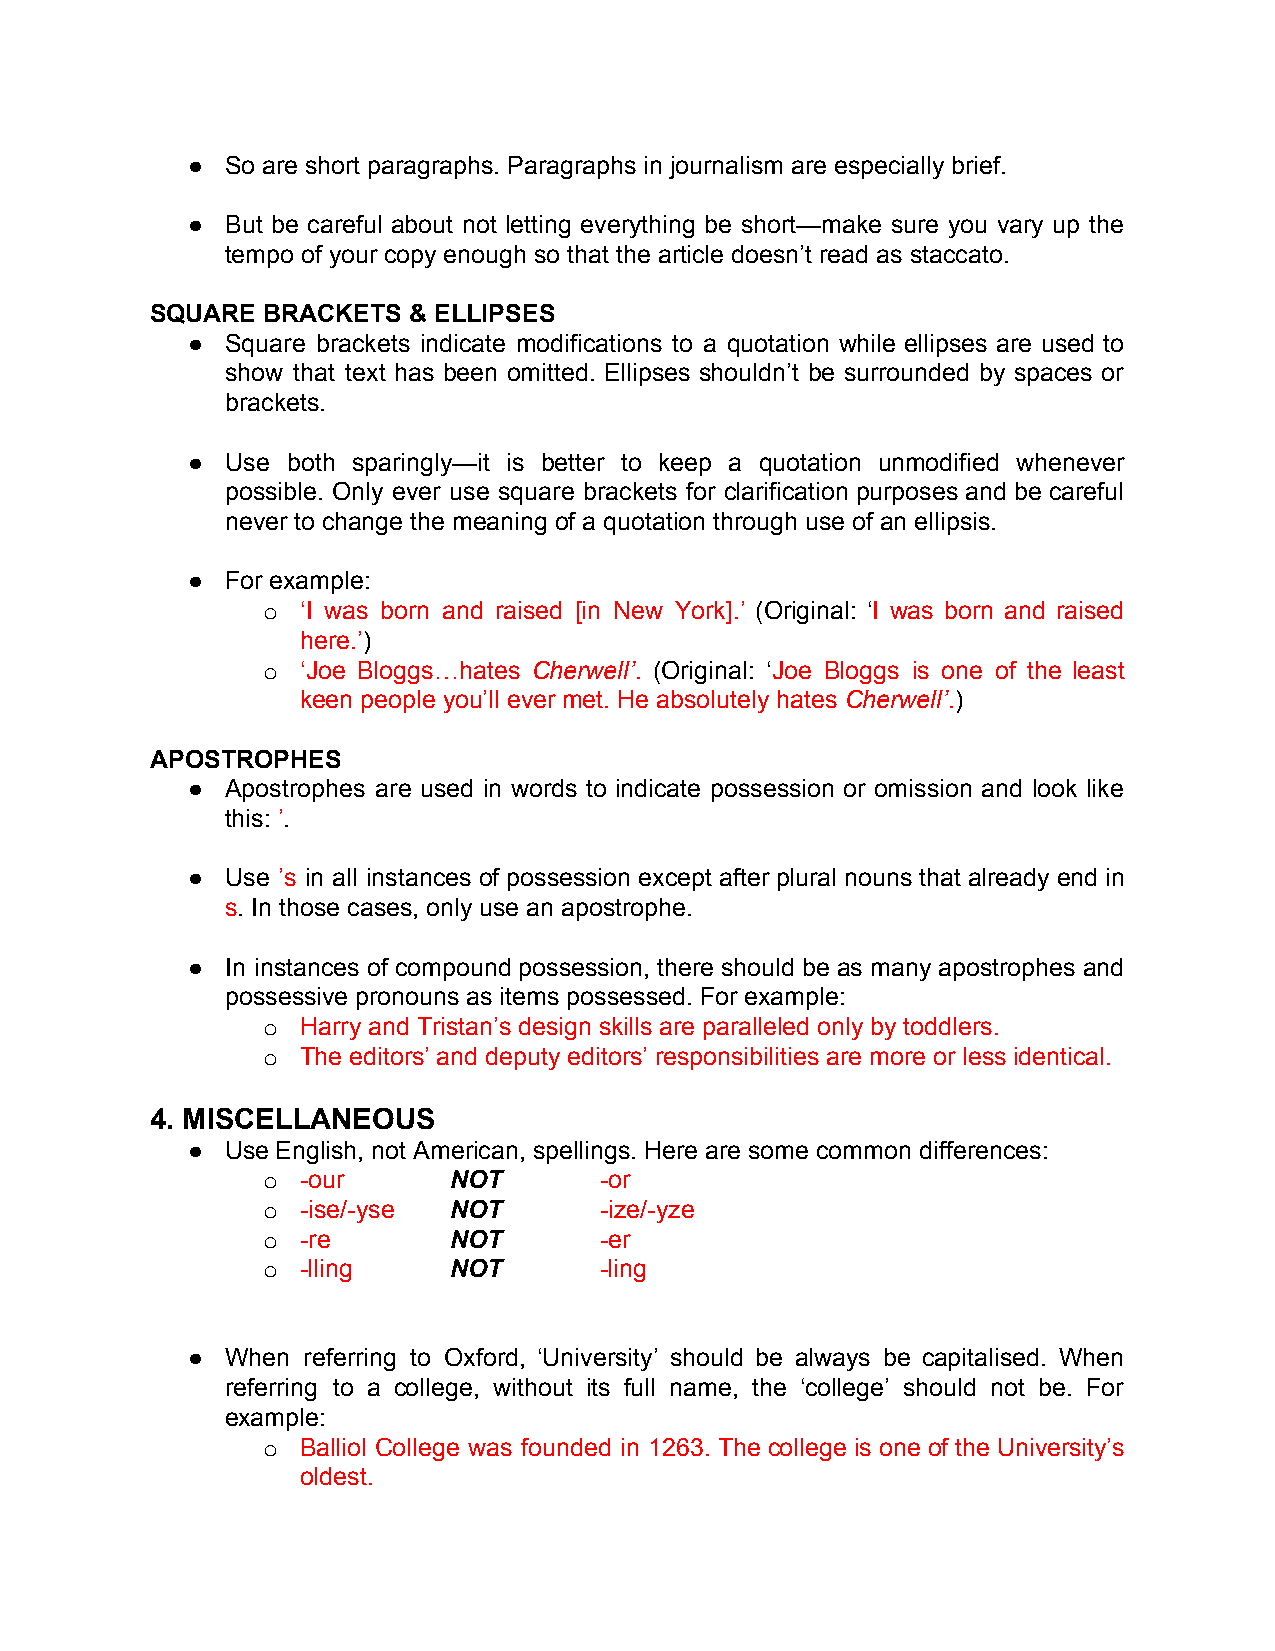
●  So are short paragraphs. Paragraphs in journalism are especially brief.
 ●  But be careful about not letting everything be short—make sure you vary up the
 tempo of your copy enough so that the article doesn’t read as staccato.
 SQUARE BRACKETS  & ELLIPSES
 ●  Square brackets indicate modifications to a quotation while ellipses are used to
 show that text has been omitted. Ellipses shouldn’t be surrounded by spaces or
 brackets.
 ●  Use both sparingly—it is better to keep a quotation unmodified whenever
 possible. Only ever use square brackets for clarification purposes and be careful
 never to change the meaning of a quotation through use of an ellipsis.
 ●  For example:
 o  ‘I was born and raised [in New York].’ (Original: ‘I was born and raised
 ​       ​
 here.’)
 ​
 o  ‘Joe Bloggs…hates Cherwell’. (Original: ‘Joe Bloggs is one of the least
 ​      ​ ​      ​
 keen people you’ll ever met. He absolutely hates Cherwell’.)
 ​     ​​
 APOSTROPHES
 ●  Apostrophes are used in words to indicate possession or omission and look like
 this: ’.
 ​​
 ●  Use ’s in all instances of possession except after plural nouns that already end in
 ​ ​
 s. In those cases, only use an apostrophe.
 ​
 ●  In instances of compound possession, there should be as many apostrophes and
 possessive pronouns as items possessed. For example:
 o  Harry and Tristan’s design skills are paralleled only by toddlers.
 o  The editors’ and deputy editors’ responsibilities are more or less identical.
 4. MISCELLANEOUS
 ●  Use English, not American, spellings. Here are some common differences:
 o  - our     NOT       -or
 o  -ise/-yse NOT       -ize/-yze
 o  -re       NOT       -er
 o  -lling    NOT       -ling
 ●  When referring to Oxford, ‘University’ should be always be capitalised. When
 referring to a college, without its full name, the ‘college’ should not be. For
 example:
 o  Balliol College was founded in 1263. The college is one of the University’s
 oldest.